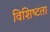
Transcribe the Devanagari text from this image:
विशिष्‍टता